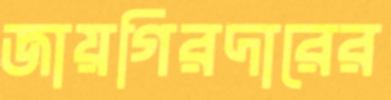
জায়গিরদারের